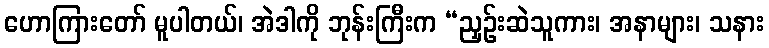
ဟောကြားတော် မူပါတယ်၊ အဲဒါကို ဘုန်းကြီးက “ညှဉ်းဆဲသူကား၊ အနာများ၊ သနား